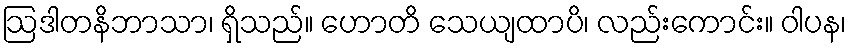
ဩဒါတနိဘာသာ၊ ရှိသည်။ ဟောတိ သေယျထာပိ၊ လည်းကောင်း။ ဝါပန၊